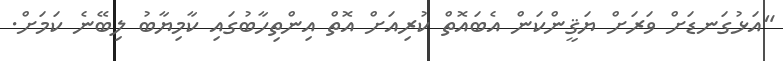
"އަޅުގަނޑަށް ވަރަށް ޔަޤީންކަން އެބައޮތް ކުރިއަށް އޮތް އިންތިހާބުގައި ކާމިޔާބު ލިބޭނެ ކަމަށް.